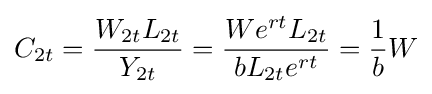
C_{2t}={\frac {W_{2t}L_{2t}}{Y_{2t}}}={\frac {We^{rt}L_{2t}}{bL_{2t}e^{rt}}}={\frac {1}{b}}W